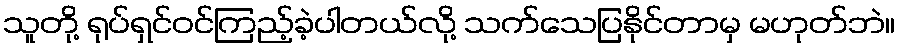
သူတို့ ရုပ်ရှင်ဝင်ကြည့်ခဲ့ပါတယ်လို့ သက်သေပြနိုင်တာမှ မဟုတ်ဘဲ။